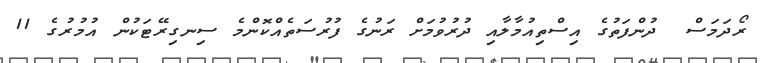
ރޯދަމަސް  ދުންފަތުގެ އިސްތިއުމާލާއި ދުރުވުމަށް ރަނުގެ ފުރުސަތެއްކޮންމެ ސިނގިރޭޓަކުން އުމުރުގެ 11